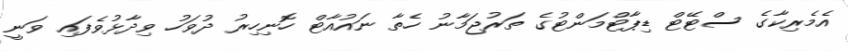
އެމެރިކާގެ ސްޓޭޓް ޑިޕާޓްމަންޓުގެ ތަރުޖަމާނު ހެތާ ނައުއާޓް ހޮނިހިރު ދުވަހު ވިދާޅުވެފައި ވަނީ